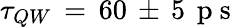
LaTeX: \tau_{QW}\, =\, 60\, \pm\, 5\, \mathrm{~p~s~}